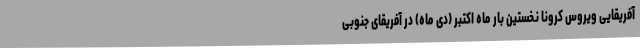
آفریقایی ویروس کرونا نخستین بار ماه اکتبر (دی ماه) در آفریقای جنوبی